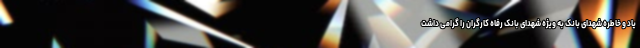
یاد و خاطره شهدای بانک به ویژه شهدای بانک رفاه کارگران را گرامی داشت